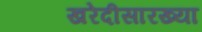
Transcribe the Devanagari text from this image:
खरेदीसारख्या